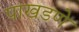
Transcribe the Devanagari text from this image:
पाखडणे